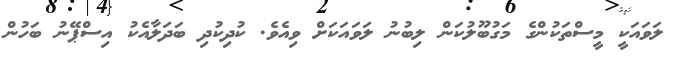
ލަވައަކީ މީސްތަކުންގެ މަގުބޫލުކަން ލިބުނު ލަވައަކަށް ވިއެވެ. ކުދިކުދި ބަދަލާއެކު އިސްޕޭނު ބަހުން